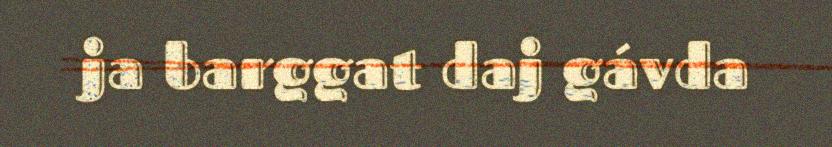
ja barggat daj gávda